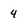
Character: 4